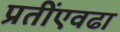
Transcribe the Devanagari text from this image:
प्रतींएवढा